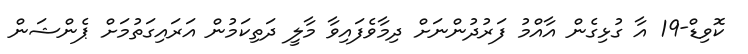
ކޮވިޑް-19 އާ ގުޅިގެން އާއްމު ފަރުދުންނަށް ދިމާވެފައިވާ މާލީ ދަތިކަމުން އަރައިގަތުމަށް ޕެންޝަން